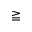
\geqq